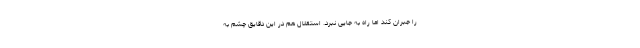
را جبران کند اما راه به جایی نبرد. استقلال هم در این دقایق چشم به